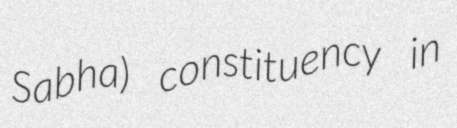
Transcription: Sabha) constituency in